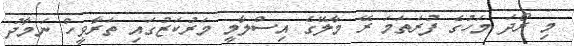
މި ރޯދަ މަހުގެ ފުރަތަމަ ރޭ މާލޭގެ އިސްލާމީ މަރުކަޒުގައި ތަރާވީހް ނަމާދު